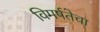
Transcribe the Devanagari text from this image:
विमर्षतेचा